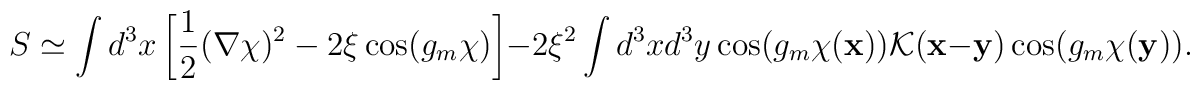
S\simeq\int d^3x\left[\frac12(\nabla\chi)^2-2\xi\cos(g_m\chi)\right]-2\xi^2\int d^3xd^3y\cos(g_m\chi({\bf x})){\cal K}({\bf x}-{\bf y})\cos(g_m\chi({\bf y})).